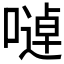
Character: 𱔉